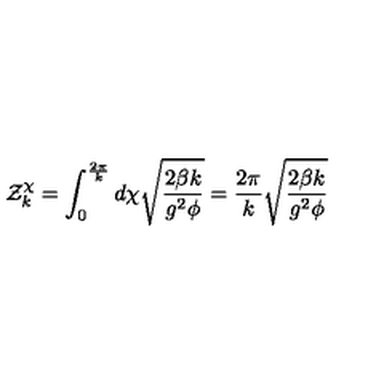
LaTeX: { \cal Z } _ { k } ^ { \chi } = \int _ { 0 } ^ { \frac { 2 \pi } { k } } d \chi \sqrt { \frac { 2 \beta k } { g ^ { 2 } \phi } } = \frac { 2 \pi } { k } \sqrt { \frac { 2 \beta k } { g ^ { 2 } \phi } }